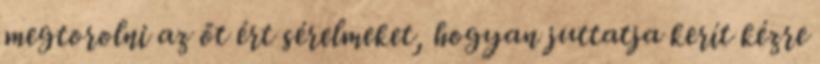
megtorolni az őt ért sérelmeket, hogyan juttatja kerít kézre